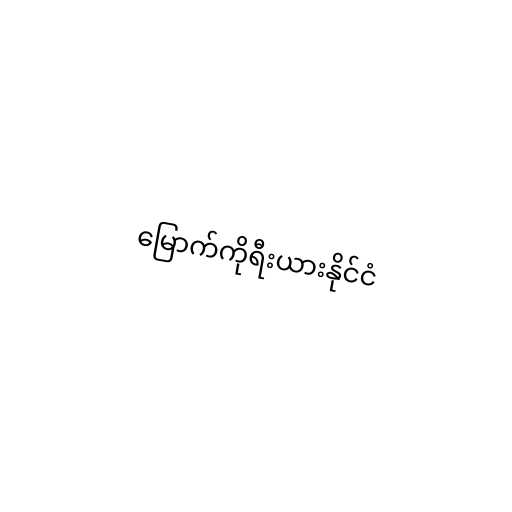
မြောက်ကိုရီးယားနိုင်ငံ